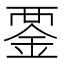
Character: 𧟴